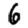
Digit: 6